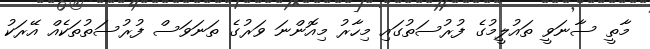
މާތީ ސާނަވީ ތައުލީމުގެ ފުރުސަތުގައި މިހާރު މިއޮންނަ ވަރުގެ ތަނަވަސް ފުރުސަތުތަކެއް އޭރަކު